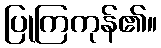
ပြုကြကုန်၏။